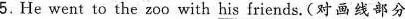
5.He went to the zoo with \underline{his friends} . (对画线部分 提问)